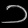
Digit: ၁